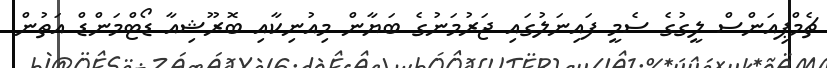
ޗެމްޕިއަންސް ލީގުގެ ސެމީ ފައިނަލުގައި ޖަރުމަނުގެ ބަޔާން މިއުނިކާއި ބޮރޫޝިއާ ޑޯޓްމަންޑް އަތުން